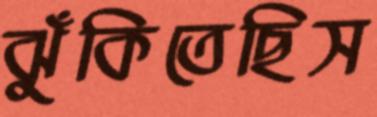
ঝুঁকিতেছিস